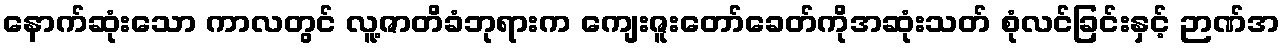
နောက်ဆုံးသော ကာလတွင် လူ့ဇာတိခံဘုရားက ကျေးဇူးတော်ခေတ်ကိုအဆုံးသတ် စုံလင်ခြင်းနှင့် ဉာဏ်အ